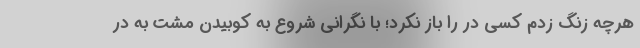
هرچه زنگ زدم کسی در را باز نکرد؛ با نگرانی شروع به کوبیدن مشت به در